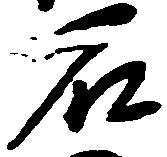
石